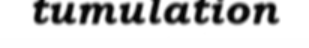
tumulation